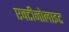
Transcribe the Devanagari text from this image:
एक्टीनोलाइट